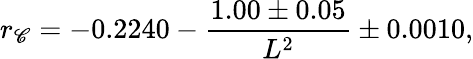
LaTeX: r_{\mathscr{C}}=-0.2240-{\frac{{1.00\pm0.05}}{{L^{2}}}}\pm0.0010,